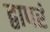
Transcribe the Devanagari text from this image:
द्वापरं